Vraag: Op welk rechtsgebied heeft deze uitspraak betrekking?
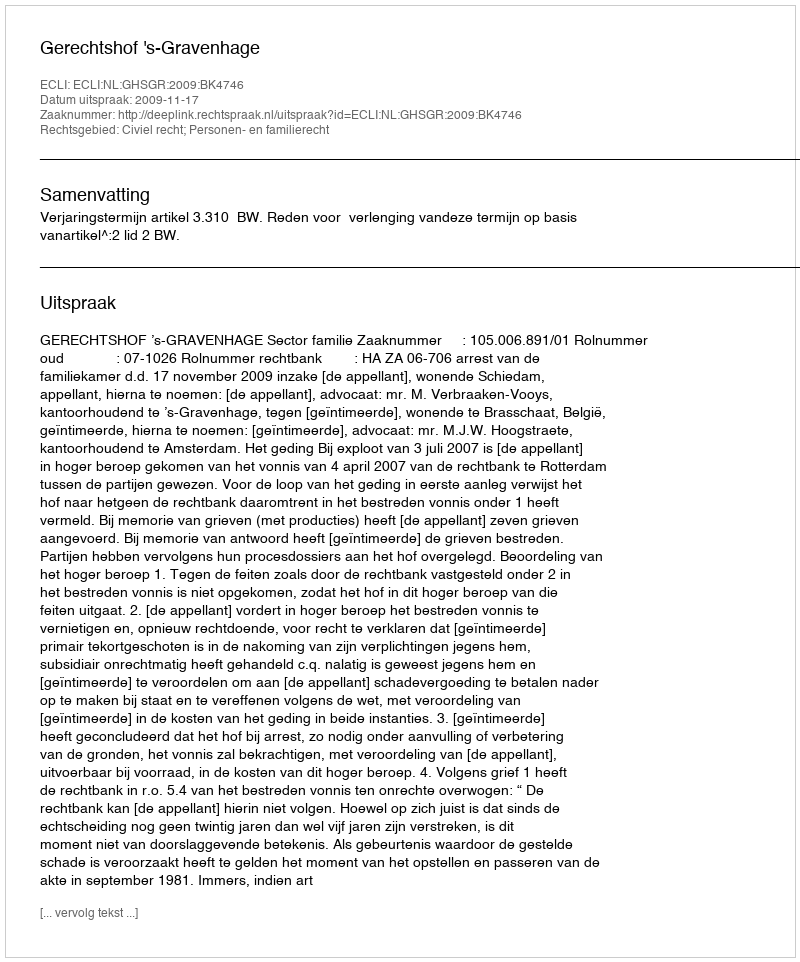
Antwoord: Civiel recht; Personen- en familierecht